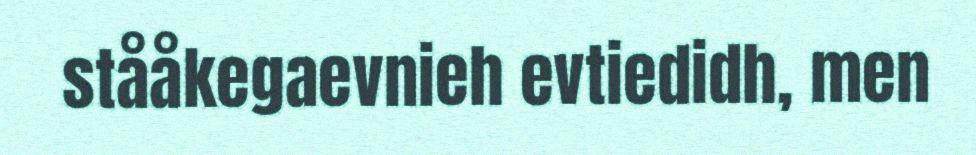
stååkegaevnieh evtiedidh, men